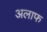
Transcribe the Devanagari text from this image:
अलाफ